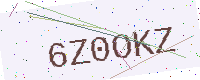
Text: 6Z0OKZ